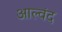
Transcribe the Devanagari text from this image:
आल्वंद